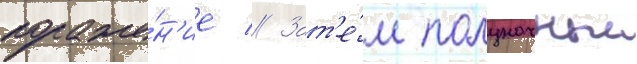
пораже́н'ие // Зат'е́м полуночныи